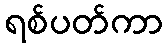
ရစ်ပတ်ကာ